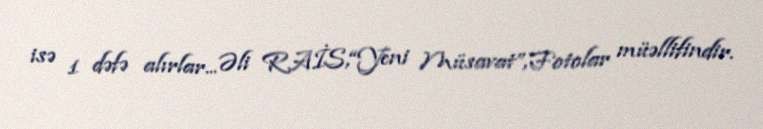
isə 1 dəfə alırlar... Əli RAİS,“Yeni Müsavat”,Fotolar müəllifindir.